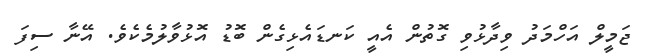
ޖަމީލް އަހްމަދު ވިދާޅުވި ގޮތުން އެއީ ކަނޑައެޅިގެން ބޮޑު އޮޅުވާލުމެކެވެ. އޭނާ ސިފަ